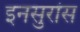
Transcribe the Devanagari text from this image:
इनसुरांस